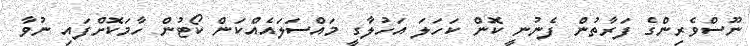
ނޫސްވެރިންގެ ފަރާތުން ފެނުނީ ކޮން ކަހަލަ އަހުލާގީ މައްސަލައެއްކަން ކޯޓުން ހާމަކޮށްފައި ނުވާ